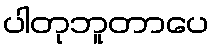
ပါတုဘူတာပေ